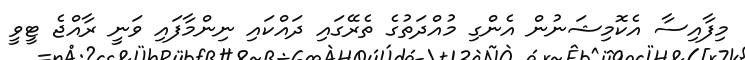
މިފާއިސާ އެކޮމިޝަނުން އެންގި މުއްދަތުގެ ތެރޭގައި ދައްކައި ނިންމާފައި ވަނީ ރާއްޖެ ޓީވީ